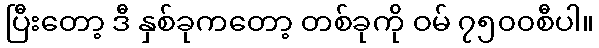
ပြီးတော့ ဒီ နှစ်ခုကတော့ တစ်ခုကို ဝမ် ၇၅၀၀စီပါ။